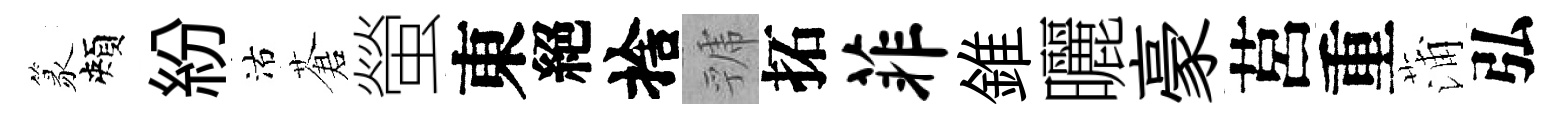
篆頰紛沽蒼螢東絕捨虢拓菲錐曬豪莒重蒲弘